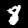
Digit: 8